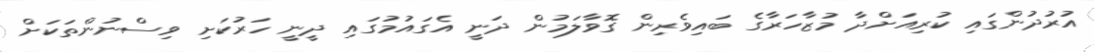
އުރުދުންގައި ކުރިއަށްދާ މުޒާހަރާގެ ބައިވެރިން ގޮވާލަމުން ދަނީ އެގައުމުގައި ދީނީ ހަރުކަށި ވިސްނުންތަކަށް